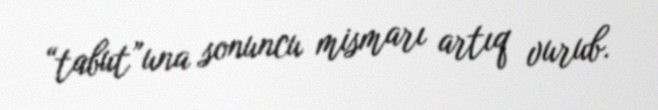
“tabut”una sonuncu mismarı artıq vurub.